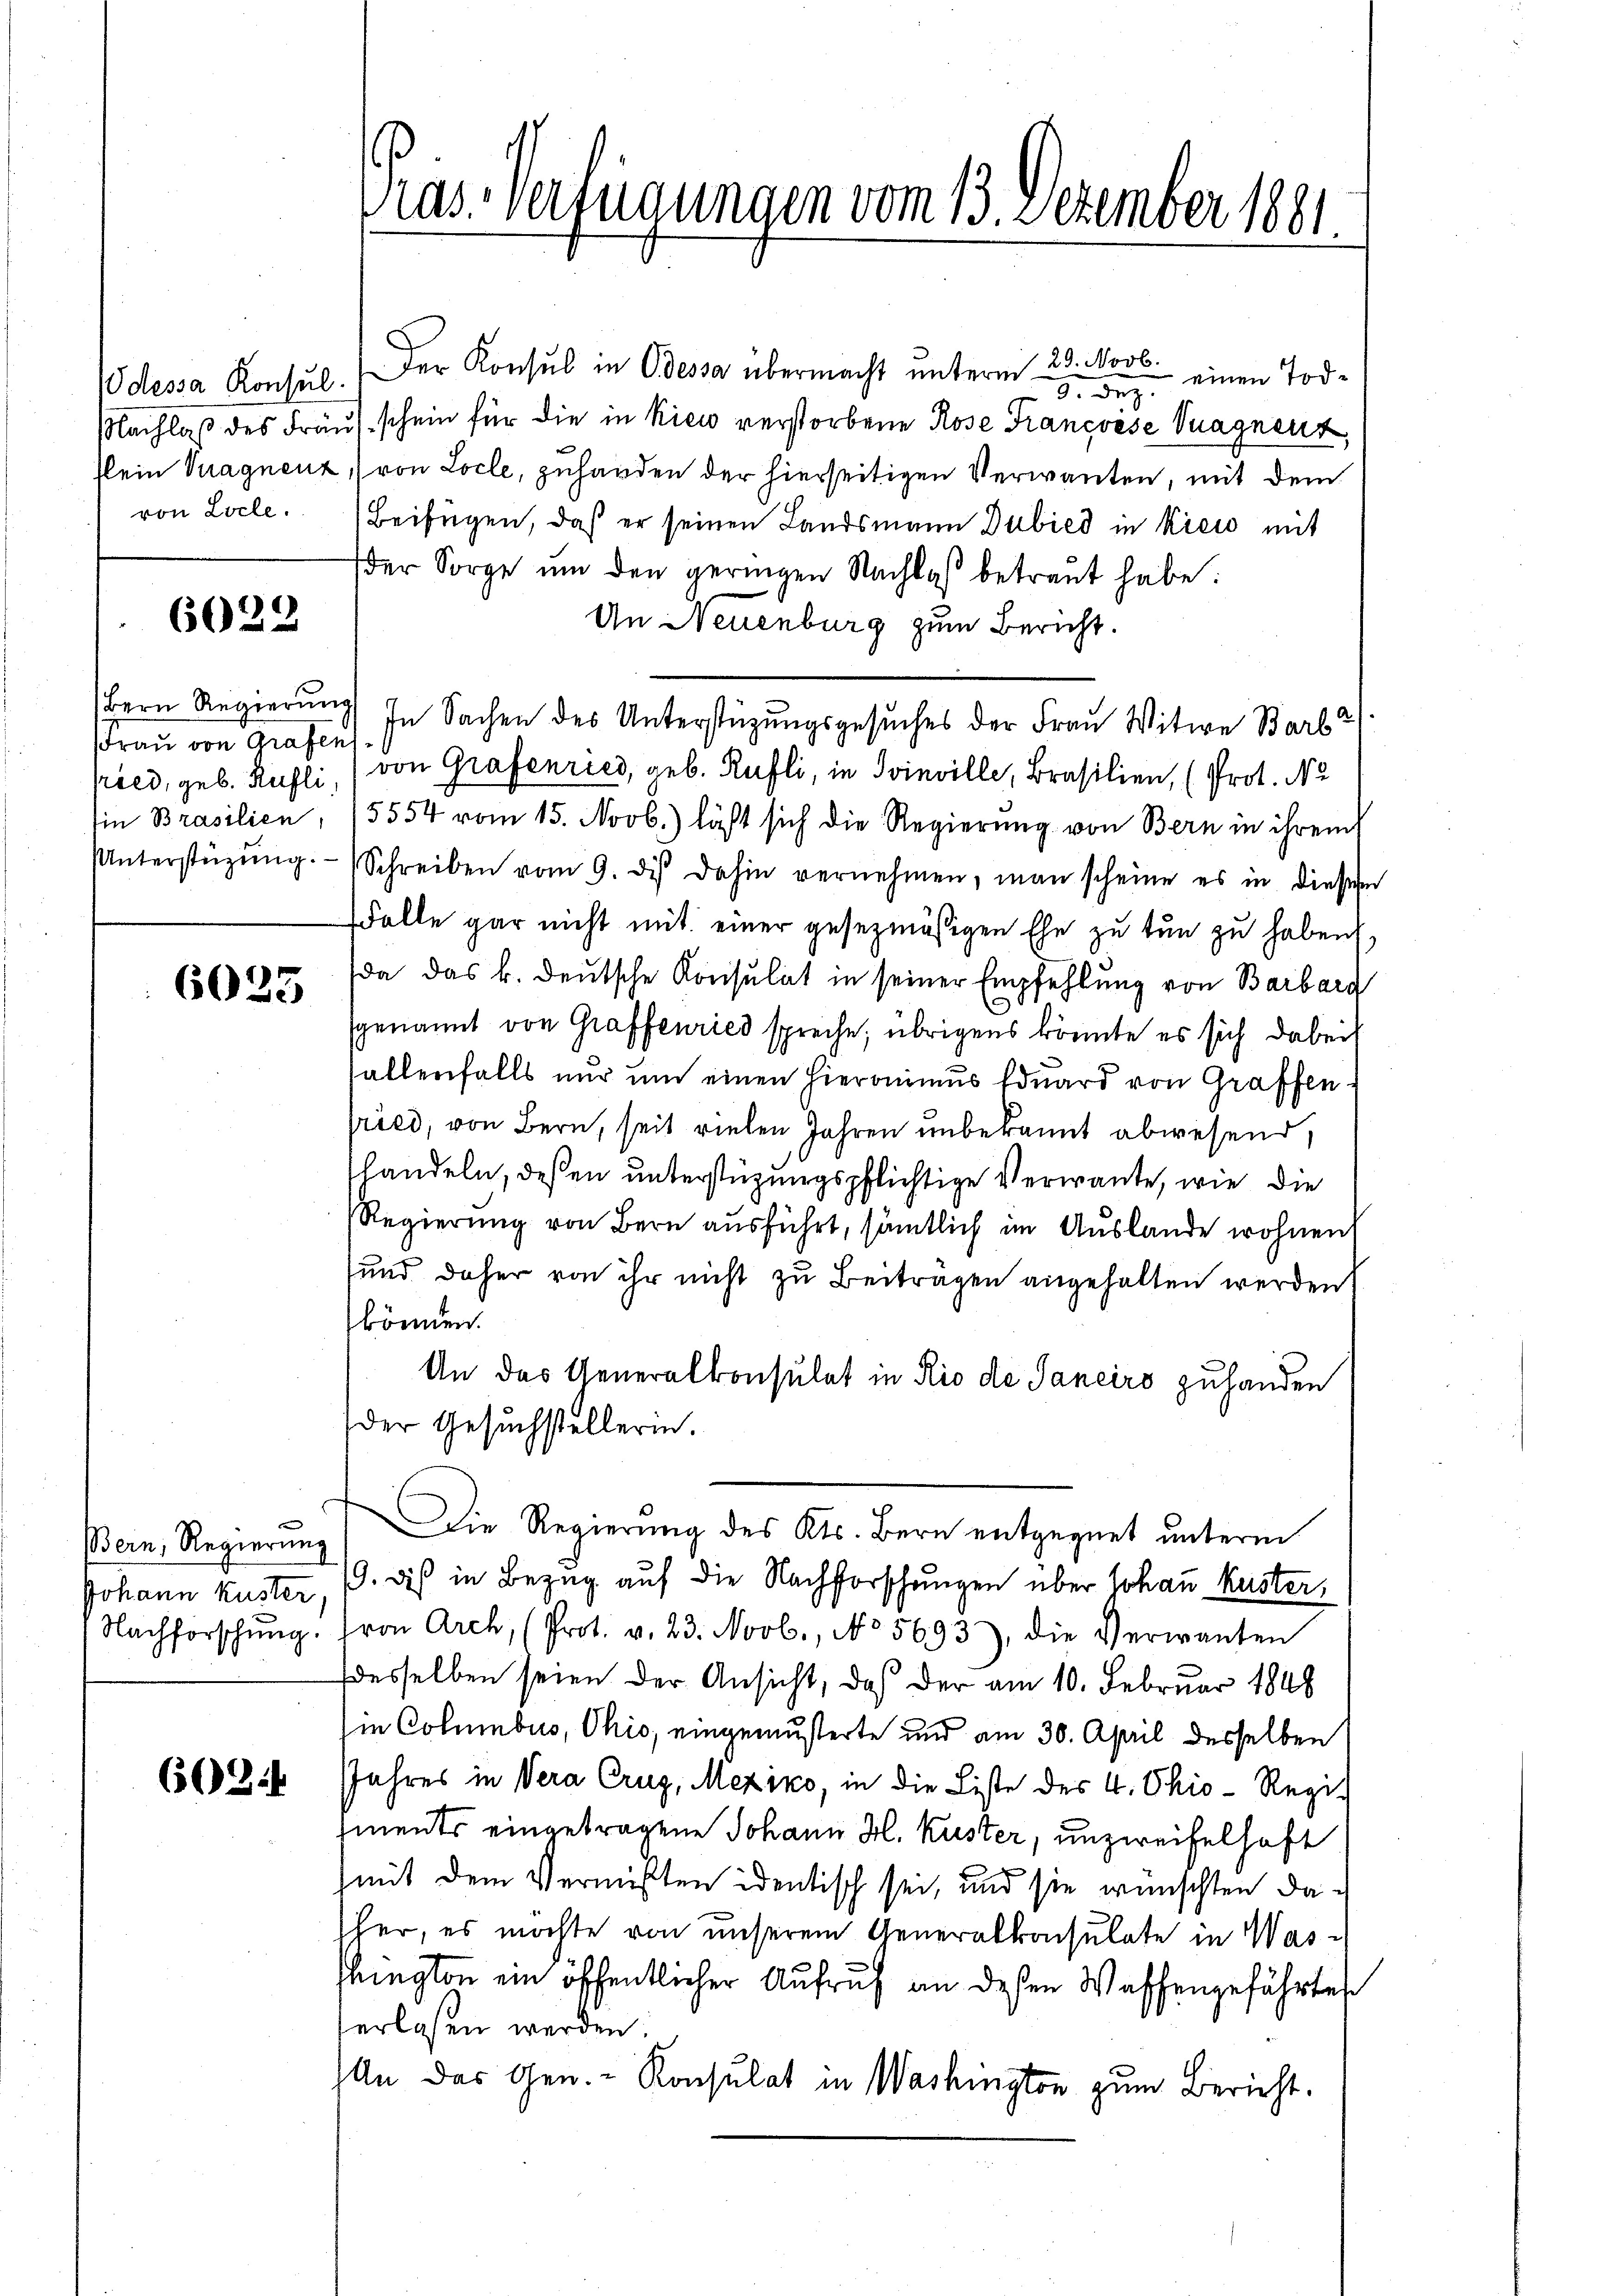
von Locle.

6022

(Frau von Grafen
ried, geb. Rusli
Ein Brasilien,
UUnterstüzung.

6023

Bern, Regierung
Johann Kuster.
Nachforschung.

603.

Pras. Verfügungen vom 13. Dezember 1881.

Odessa Konsul.  Der Konsul in Odessa übermacht unterm 23. Novb.
 einen Todd. Dez.
Nachlaβ des Frau schein für die in Kies verstorbene Rose Francoise Vuagnenz,
Plein Tragnenz, von Locle, zuhanden der hierseitigen Verwanten, mit dem
Beifügen, daß er seinen Landsmann Dubied in kreis mit
der Sorge um den geringen Nachlaß betraut habe:
An Neuenburg zum Bericht.
Bern Regierung in Sachen des Unterstüzungsgesuches der Frau Witwe Barl
von Grafenries, geb. Rüfli, in Svinville, Brasilien, (Prot. Nu
5554 vom 15. Novb.) läßt sich die Regierŭng von Bern in ihrem
Schreiben vom 9. di dahin vernehmen, man scheine es in diese
Falle gar nicht mit einer gesezmäßigen Ehe zu tun zu haben,
(da das k. deutsche Konsulat in seiner Empfehlung von Barbarg
genannt von Graffenried spreche; übrigens könnte es sich dabei
fallenfalls nur um einen Hieronimus Eduard von Graffenfried, von Bern, seit vielen Jahren unbekannt abwesend,
handeln, deßen unterstüzungspflichtige Verwante, wie die
Regierung von Bern ausführt, sämtlich im Auslande wohnen
sund daher von ihr nicht zu Beiträgen angehalten werden.
können.
An das Generalkonsulat in Rio de Sancirs zuhanden
der Gesuchstellerin.
Die Regierung des Kts. Bern entgegnet unterm
19. dis in Bezug auf die Nachforschungen über Johan Kuster,
von Arch, (Prot. v. 23. Novb., No 5693), die Verwanten
desselben seien der Ansicht, daß der am 10. Februar 1848
ie Columbus, Ohio, eingemusterte und am 30. April desselben
Jahres in Vera Crug, Meziko, in die Liste des 4. Ohio-Regi
ments eingetragene Johann H. Kuster, unzweifelhaft
mit dem Vermißten identisch sei, und sie wünschten daher, es möchte von unserem Generalkonsulate in Wasington ein öffentlicher Aufruf an dessen Waffengeführtes
erlassen werden.
An das Gen. - Konsulat in Washington zum Bericht.